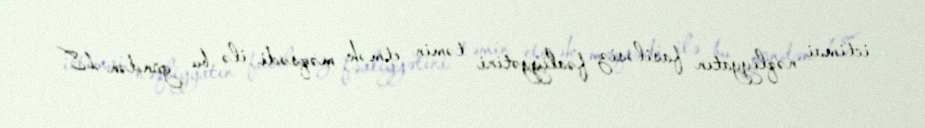
ictimai nəqliyyatın fasiləsiz fəaliyyətini təmin etmək məqsədi ilə bu gündən 18